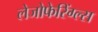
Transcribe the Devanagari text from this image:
लेजोफेरिंग्ल्स